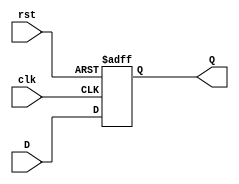
//Verilog HDL for "Adder_BT", "FlipFlop_x16" "functional"


module DFlipFlop_x1(
	input wire D,
	input wire clk,
	input wire rst,
	output reg Q
);

always @(posedge clk or posedge rst)
begin
	if(rst)
		Q = 0;
	else
		Q = D;
end

endmodule